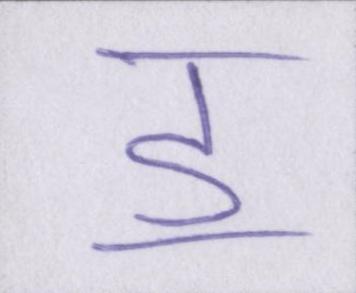
ॾ